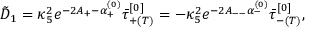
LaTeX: \tilde { D } _ { 1 } = \kappa _ { 5 } ^ { 2 } e ^ { - 2 A _ { + } - \alpha _ { + } ^ { ( 0 ) } } \bar { \tau } _ { + ( T ) } ^ { [ 0 ] } = - \kappa _ { 5 } ^ { 2 } e ^ { - 2 A _ { -- } \alpha _ { - } ^ { ( 0 ) } } \bar { \tau } _ { - ( T ) } ^ { [ 0 ] } ,